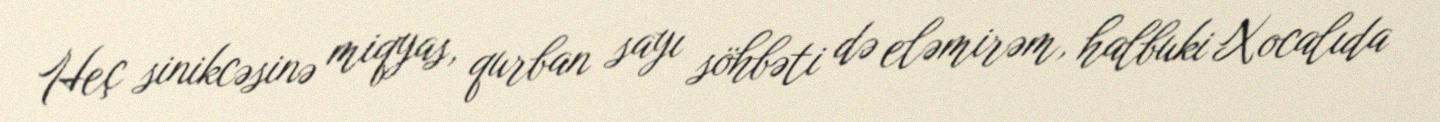
Heç sinikcəsinə miqyas, qurban sayı söhbəti də eləmirəm, halbuki Xocalıda